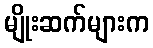
မျိုးဆက်များက